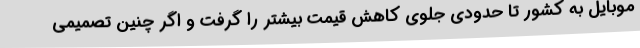
موبایل به کشور تا حدودی جلوی کاهش قیمت بیشتر را گرفت و اگر چنین تصمیمی